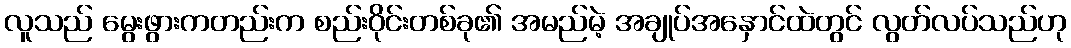
လူသည် မွေးဖွားကတည်းက စည်းဝိုင်းတစ်ခု၏ အမည်မဲ့ အချုပ်အနှောင်ထဲတွင် လွတ်လပ်သည်ဟု